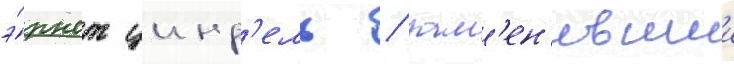
э́рнст цинд'ель / зам'ен'ившии